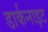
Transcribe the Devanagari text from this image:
डार्कनाइट